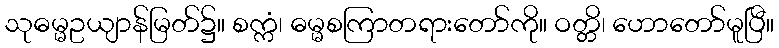
သုဓမ္မဥယျာန်မြတ်၌။ စက္ကံ၊ ဓမ္မစကြာတရားတော်ကို။ ဝတ္တိ၊ ဟောတော်မူပြီ။